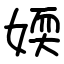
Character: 媆